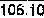
106.10